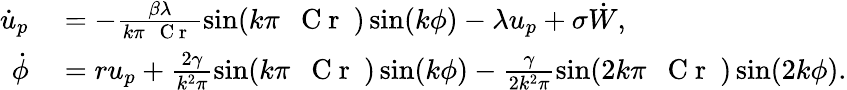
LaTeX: \begin{array}{rl}{\dot{u}_{p}}&{{}=-\frac{\beta\lambda}{k\pi\mathrm{~\textit~{~C~r~}~}}\sin(k\pi\mathrm{~\textit~{~C~r~}~})\sin(k\phi)-\lambda u_{p}+\sigma\dot{W},}\\ {\dot{\phi}}&{{}=ru_{p}+\frac{2\gamma}{k^{2}\pi}\sin(k\pi\mathrm{~\textit~{~C~r~}~})\sin(k\phi)-\frac{\gamma}{2k^{2}\pi}\sin(2k\pi\mathrm{~\textit~{~C~r~}~})\sin(2k\phi).}\end{array}